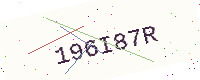
Text: 196I87R